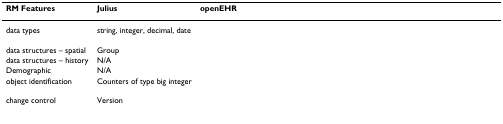
<table><thead><tr><td><b>RM Features</b></td><td><b>Julius</b></td><td><b>openEHR</b></td></tr></thead><tbody><tr><td>data types</td><td>string, integer, decimal, date</td><td>[EMPTY_CELL]</td></tr><tr><td>data structures – spatial</td><td>Group</td><td>[EMPTY_CELL]</td></tr><tr><td>data structures – history</td><td>N/A</td><td>[EMPTY_CELL]</td></tr><tr><td>Demographic</td><td>N/A</td><td>[EMPTY_CELL]</td></tr><tr><td>object identification</td><td>Counters of type big integer</td><td>[EMPTY_CELL]</td></tr><tr><td>change control</td><td>Version</td><td>[EMPTY_CELL]</td></tr></tbody></table>